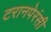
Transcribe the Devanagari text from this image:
टरानपेरंसी